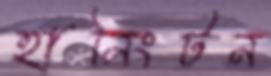
হানিংটন